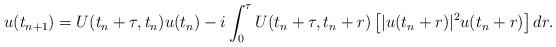
LaTeX: \begin{align*}\begin{aligned}u(t_{n+1}) = U(t_n+\tau,t_n) u (t_n) - i \int_0^{\tau}U(t_n+\tau,t_n+r)\left [|u(t_n+r) |^2 u(t_n+r)\right] d r. \end{aligned} \end{align*}